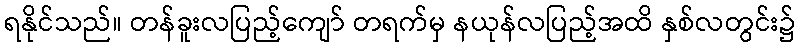
ရနိုင်သည်။ တန်ခူးလပြည့်ကျော် တရက်မှ နယုန်လပြည့်အထိ နှစ်လတွင်း၌